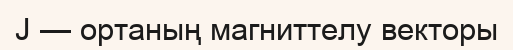
J — ортаның магниттелу векторы